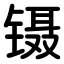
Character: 镊